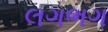
લગભગ